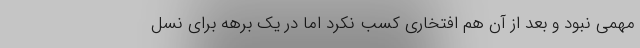
مهمی نبود و بعد از آن هم افتخاری کسب نکرد اما در یک برهه برای نسل